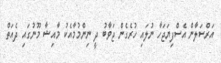
އަރްސަލާން އެސްފިޔަޖަހާ ނުލައި ހުރެގެން ޖަވާބު ދީ ނިންމުމާއެކު މާއިޝާ މޫނުގައި ދެއަތް